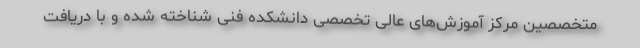
متخصصین مرکز آموزش‌های عالی تخصصی دانشکده فنی شناخته شده و با دریافت